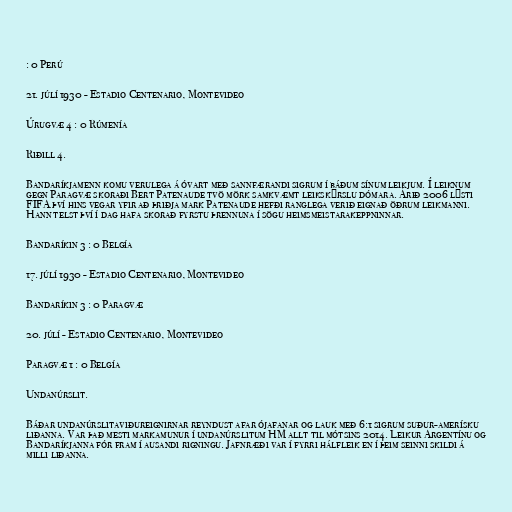
: 0 Perú

21. júlí 1930 - Estadio Centenario, Montevideo

Úrugvæ 4 : 0 Rúmenía

Riðill 4.

Bandaríkjamenn komu verulega á óvart með sannfærandi sigrum í báðum sínum leikjum. Í leiknum
gegn Paragvæ skoraði Bert Patenaude tvö mörk samkvæmt leikskýrslu dómara. Árið 2006 lýsti
FIFA því hins vegar yfir að þriðja mark Patenaude hefði ranglega verið eignað öðrum leikmanni.
Hann telst því í dag hafa skorað fyrstu þrennuna í sögu heimsmeistarakeppninnar.

Bandaríkin 3 : 0 Belgía

17. júlí 1930 - Estadio Centenario, Montevideo

Bandaríkin 3 : 0 Paragvæ

20. júlí - Estadio Centenario, Montevideo

Paragvæ 1 : 0 Belgía

Undanúrslit.

Báðar undanúrslitaviðureignirnar reyndust afar ójafanar og lauk með 6:1 sigrum suður-amerísku
liðanna. Var það mesti markamunur í undanúrslitum HM allt til mótsins 2014. Leikur Argentínu og
Bandaríkjanna fór fram í ausandi rigningu. Jafnræði var í fyrri hálfleik en í þeim seinni skildi á
milli liðanna.